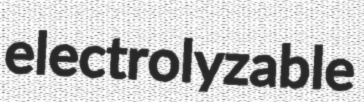
electrolyzable